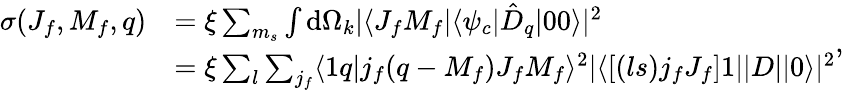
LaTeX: \begin{array}{rl}{\sigma(J_{f},M_{f},q)}&{=\xi\sum_{m_{s}}\int\mathrm{d}\Omega_{k}|\langle J_{f}M_{f}|\langle\psi_{c}|\hat{D}_{q}|00\rangle|^{2}}\\ &{=\xi\sum_{l}\sum_{j_{f}}\langle 1q|j_{f}(q-M_{f})J_{f}M_{f}\rangle^{2}|\langle\left[(ls)j_{f}J_{f}\right]1||D||0\rangle|^{2}}\end{array},